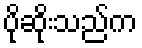
ပိုဆိုးသည်က